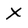
Character: X